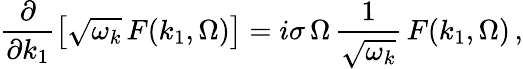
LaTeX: \frac{\partial}{\partial k_{1}}\left[\sqrt{\omega_{k}}\, F(k_{1},\Omega)\right]=i\sigma\, \Omega\, \frac{1}{\sqrt{\omega_{k}}}\, F(k_{1},\Omega)\, ,